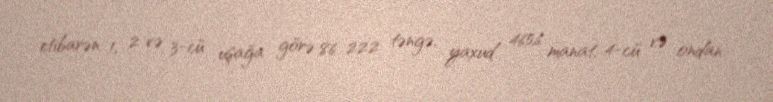
etibarən 1, 2 və 3-cü uşağa görə 86 222 təngə, yaxud 465,6 manat, 4-cü və ondan